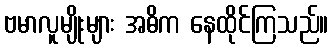
ဗမာလူမျိုးများ အဓိက နေထိုင်ကြသည်။